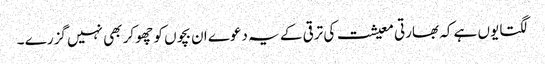
لگتا یوں ہے کہ بھارتی معیشت کی ترقی کے یہ دعوے ان بچوں کو چھو کر بھی نہیں گزرے ۔